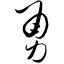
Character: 勇